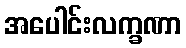
အပေါင်းလက္ခဏာ